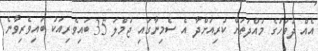
އެއް ދުވަހުގެ މުއްދަތަށް ކުރިއަށްދާ އެ ސެމިނާގައި ޖުމްލަ 35 ބައިވެރިއަކު ބައިވެރިވާނެ